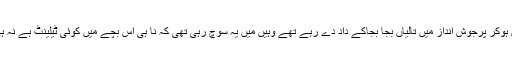
جہاں سب لوگ اس بچے کی بدتمیزی پر خوش ہوکر پرجوش انداز میں تالیاں بجا بجاکے داد دے رہے تھے وہیں میں یہ سوچ رہی تھی کہ نا ہی اس بچے میں کوئی ٹیلینٹ ہے نہ ہی ایساکوئی کارنامہ سرانجام دیا ہے پھر بھی ؟